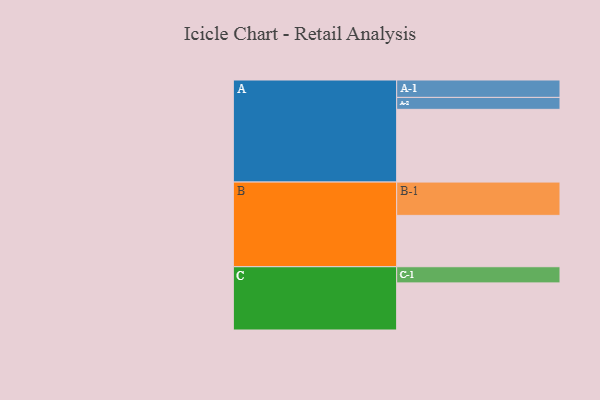
{"axis": {"x": "Segment", "y": "Value"}, "legend": ["", "A", "B", "C"], "data": [{"x": "A", "y": 585, "type": ""}, {"x": "B", "y": 413, "type": ""}, {"x": "C", "y": 379, "type": ""}, {"x": "A-1", "y": 140, "type": "A"}, {"x": "A-2", "y": 96, "type": "A"}, {"x": "B-1", "y": 268, "type": "B"}, {"x": "C-1", "y": 130, "type": "C"}]}